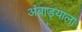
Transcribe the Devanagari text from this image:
अंबाड्याला